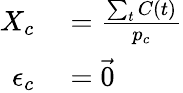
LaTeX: \begin{array}{rl}{X_{c}}&{{}=\frac{\sum_{t}C(t)}{p_{c}}}\\ {\epsilon_{c}}&{{}=\vec{0}}\end{array}